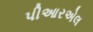
પીઆરએલ